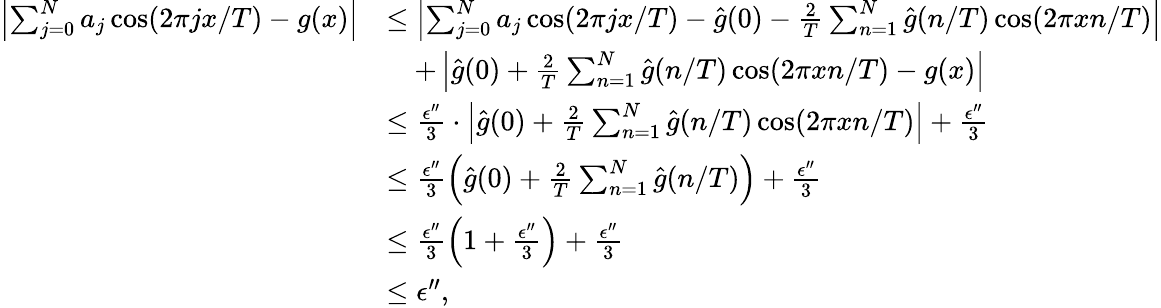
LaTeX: \begin{array}{rl}{\left|\sum_{j=0}^{N}a_{j}\cos(2\pi jx/T)-g(x)\right|}&{\le\left|\sum_{j=0}^{N}a_{j}\cos(2\pi jx/T)-\hat{g}(0)-\frac{2}{T}\sum_{n=1}^{N}\hat{g}(n/T)\cos(2\pi xn/T)\right|}\\ &{\quad+\left|\hat{g}(0)+\frac{2}{T}\sum_{n=1}^{N}\hat{g}(n/T)\cos(2\pi xn/T)-g(x)\right|}\\ &{\le\frac{\epsilon^{\prime\prime}}{3}\cdot\left|\hat{g}(0)+\frac{2}{T}\sum_{n=1}^{N}\hat{g}(n/T)\cos(2\pi xn/T)\right|+\frac{\epsilon^{\prime\prime}}{3}}\\ &{\le\frac{\epsilon^{\prime\prime}}{3}\left(\hat{g}(0)+\frac{2}{T}\sum_{n=1}^{N}\hat{g}(n/T)\right)+\frac{\epsilon^{\prime\prime}}{3}}\\ &{\le\frac{\epsilon^{\prime\prime}}{3}\left(1+\frac{\epsilon^{\prime\prime}}{3}\right)+\frac{\epsilon^{\prime\prime}}{3}}\\ &{\le\epsilon^{\prime\prime},}\end{array}